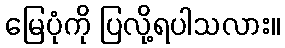
မြေပုံကို ပြလို့ရပါသလား။